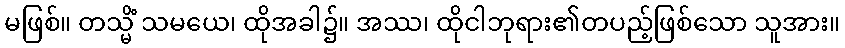
မဖြစ်။ တသ္မိံ သမယေ၊ ထိုအခါ၌။ အဿ၊ ထိုငါဘုရား၏တပည့်ဖြစ်သော သူအား။